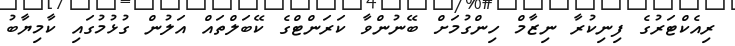
ރިއެކްޓަރުގެ ފިނިކުރާ ނިޒާމް ހިންގުމަށް ބޭނުންވާ ކަރަންޓްގެ ކޭބަލްތައް އަލުން ގުޅުމުގައި ކާމިޔާބު